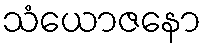
သံယောဇနော